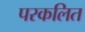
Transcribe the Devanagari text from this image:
परकलित